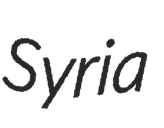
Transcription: Syria